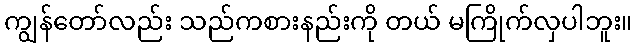
ကျွန်တော်လည်း သည်ကစားနည်းကို တယ် မကြိုက်လှပါဘူး။